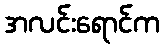
အလင်းရောင်က